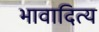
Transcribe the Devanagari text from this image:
भावादित्य